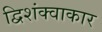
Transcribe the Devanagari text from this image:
द्विशंक्वाकार